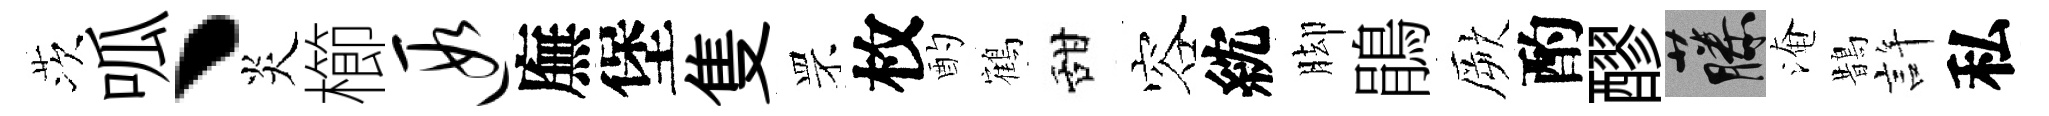
茨呱丶炎櫛遐廡堡隻罘枚酌鶴甜容紞脚鵑厥酌醪藤淹鵲許私